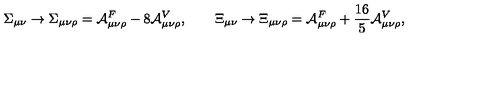
\Sigma _ { \mu \nu } \rightarrow \Sigma _ { \mu \nu \rho } = { \cal A } _ { \mu \nu \rho } ^ { F } - 8 { \cal A } _ { \mu \nu \rho } ^ { V } , \qquad \Xi _ { \mu \nu } \rightarrow \Xi _ { \mu \nu \rho } = { \cal A } _ { \mu \nu \rho } ^ { F } + { \frac { 1 6 } { 5 } } { \cal A } _ { \mu \nu \rho } ^ { V } ,